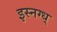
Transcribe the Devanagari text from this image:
इस्नग्ध्